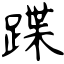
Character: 蹀